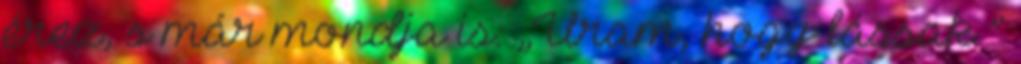
érez, s már mondja is: „Uram, hogy lássak ”